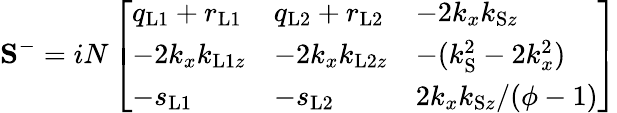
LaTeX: \mathbf{S}^{-}=iN\left[\begin{array}{lll}{q_{\mathrm{L1}}+r_{\mathrm{L1}}}&{q_{\mathrm{L2}}+r_{\mathrm{L2}}}&{-2k_{x}k_{\mathrm{S}z}}\\ {-2k_{x}k_{\mathrm{L1}z}}&{-2k_{x}k_{\mathrm{L2}z}}&{-(k_{\mathrm{S}}^{2}-2k_{x}^{2})}\\ {-s_{\mathrm{L1}}}&{-s_{\mathrm{L2}}}&{2k_{x}k_{\mathrm{S}z}/(\phi-1)}\end{array}\right]